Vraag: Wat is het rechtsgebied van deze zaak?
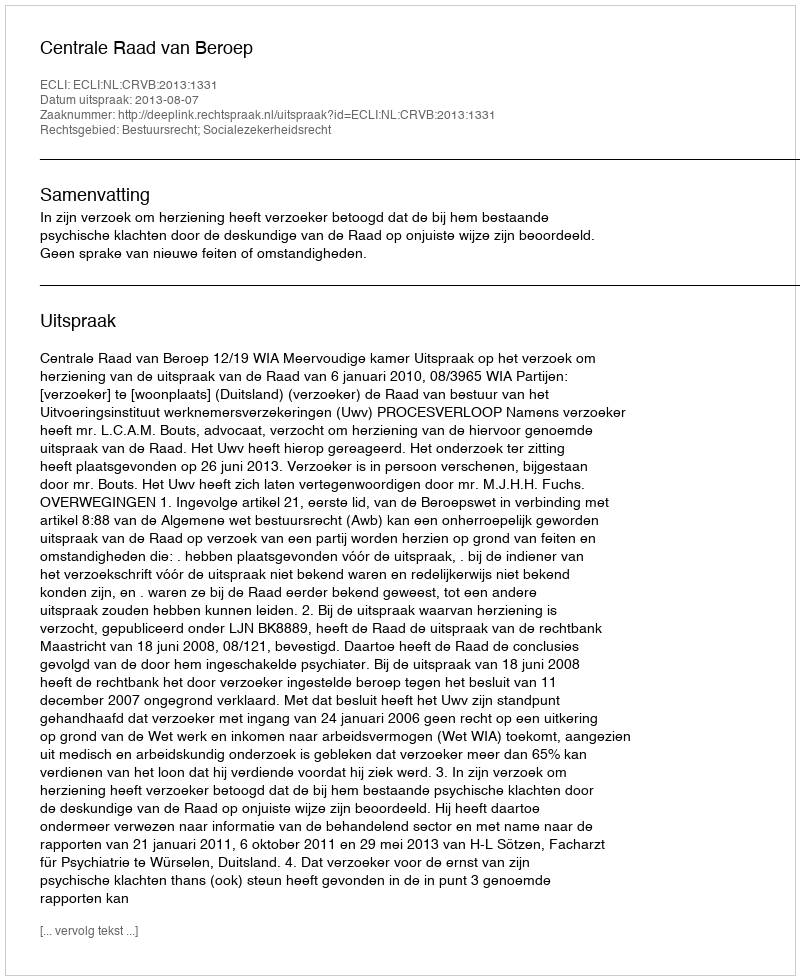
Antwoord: Bestuursrecht; Socialezekerheidsrecht